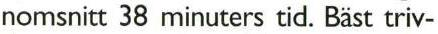
nomsnitt 38 minuters tid. Bäst triv-